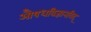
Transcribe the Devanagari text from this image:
अाैषधविज्ञानविद्